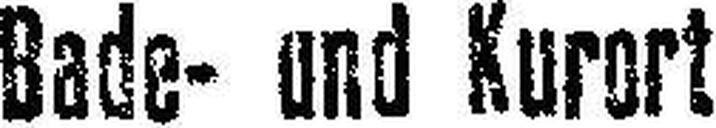
Bade- und Kurort